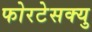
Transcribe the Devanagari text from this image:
फोरटेसक्यु